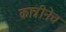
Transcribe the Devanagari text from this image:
कात्रीनेच